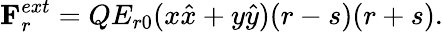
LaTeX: {{\mathbf{F}}_{r}^{ext}}={Q}{E_{r0}}({x{\hat{x}}+y{\hat{y}}})(r-s)(r+s){.}